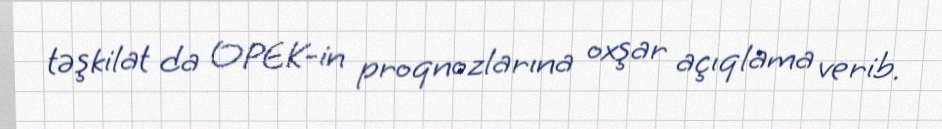
təşkilat da OPEK-in proqnozlarına oxşar açıqlama verib.